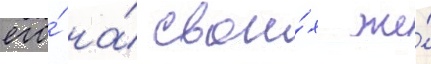
его́ на́ свои́х же́